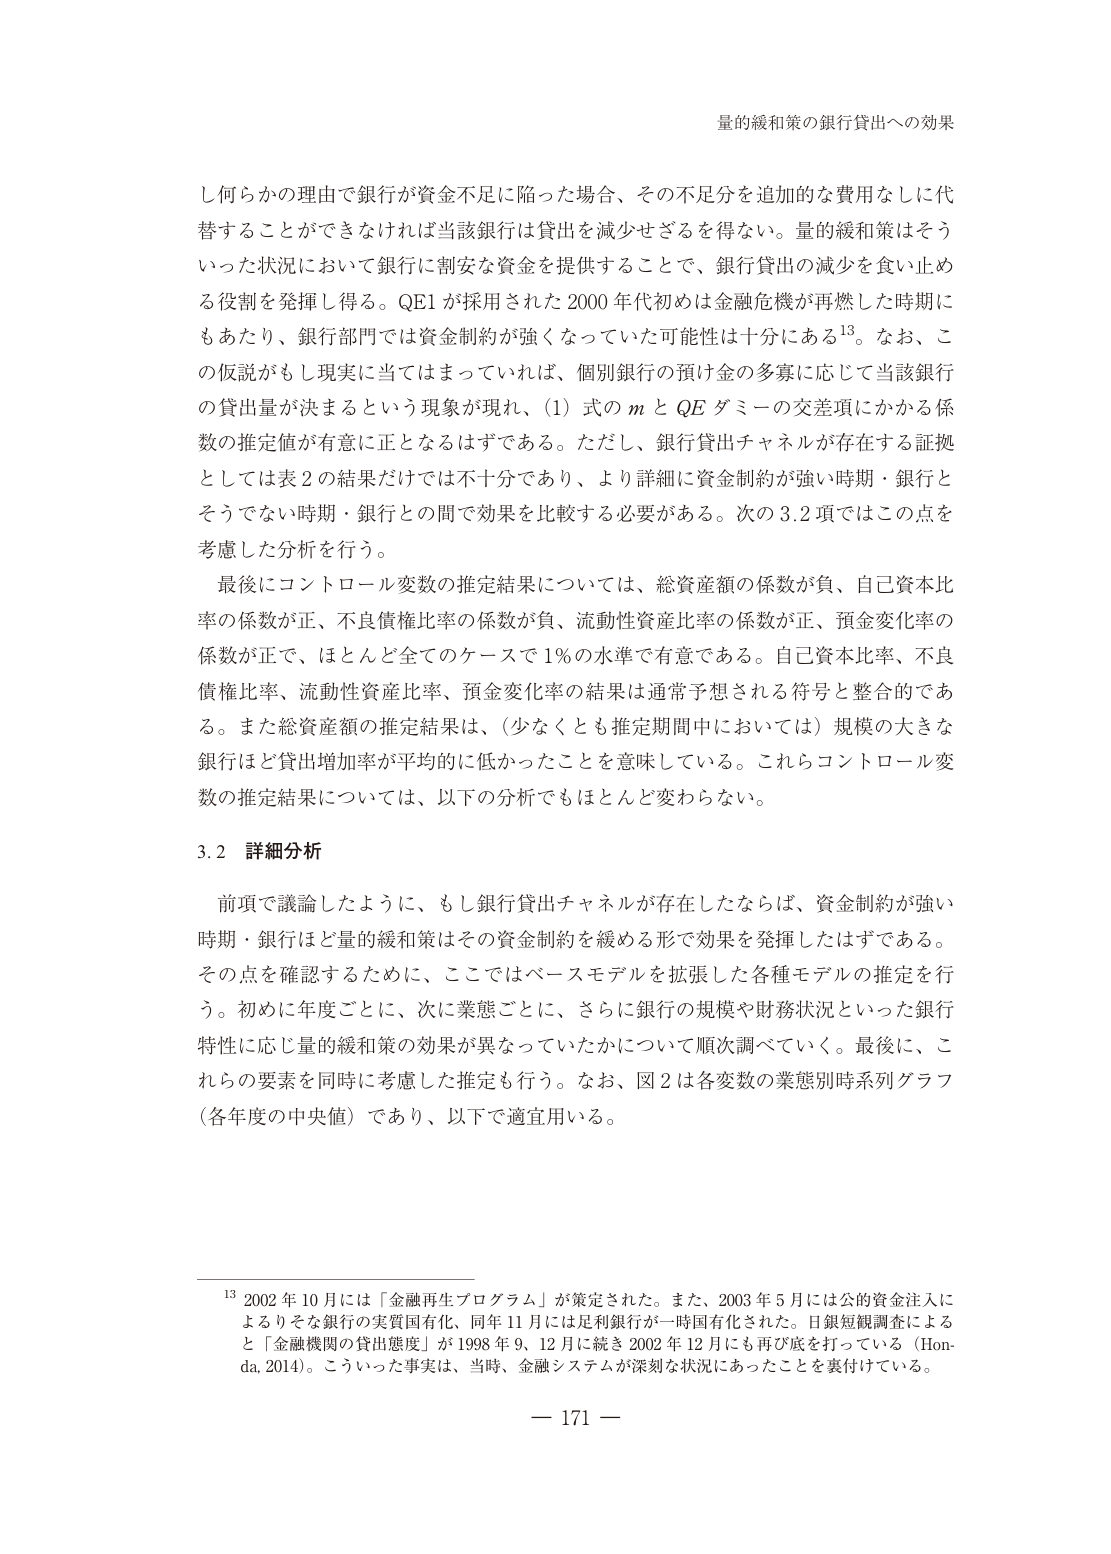
量的緩和策の銀行貸出への効果

し何らかの理由で銀行が資金不足に陥った場合、その不足分を追加的な費用なしに代替することができなければ当該銀行は貸出を減少せざるを得ない。量的緩和策はそういった状況において銀行に制安な資金を提供することで、銀行貸出の減少を食い止める役割を発揮し得る。QE1が採用された2000年代初めは金融危機が再燃した時期にもあたり、銀行部門では資金制約が強くなっていた可能性は十分にある13。なお、この仮説がもし現実に当てはまっていれば、個別銀行の預け金の多寡に応じて当該銀行の貸出量が決まるという現象が現れ、(1)式のmとQEダミーの交差項にかかる係数の推定値が有意に正となるはずである。ただし、銀行貸出チャネルが存在する証拠としては表2の結果だけでは不十分であり、より詳細に資金制約が強い時期・銀行とそうでない時期・銀行との間で効果を比較する必要がある。次の3.2項ではこの点を考慮した分析を行う。

最後にコントロール変数の推定結果については、総資産額の係数が負、自己資本比率の係数が正、不良債権比率の係数が負、流動性資産比率の係数が正、預金変化率の係数が正で、ほとんど全てのケースで1%の水準で有意である。自己資本比率、不良債権比率、流動性資産比率、預金変化率の結果は通常予想される符号と整合的である。また総資産額の推定結果は、(少なくとも推定期間中においては)規模の大きな銀行ほど貸出増加率が平均的に低かったことを意味している。これらコントロール変数の推定結果については、以下の分析でもほとんど変わらない。

3.2 詳細分析

前項で議論したように、もし銀行貸出チャネルが存在したならば、資金制約が強い時期・銀行ほど量的緩和策はその資金制約を緩める形で効果を発揮したはずである。その点を確認するために、ここではベースモデルを拡張した各種モデルの推定を行う。初めに年度ごとに、次に業態ごとに、さらに銀行の規模や財務状況といった銀行特性に応じ量的緩和策の効果が異なっていたかについて順次調べていく。最後に、これらの要素を同時に考慮した推定も行う。なお、図2は各変数の業態別時系列グラフ（各年度の中央値）であり、以下で適宜用いる。

13 2002年10月には「金融再生プログラム」が策定された。また、2003年5月には公的資金注入によりりそな銀行の実質国有化、同年11月には足利銀行が一時国有化された。日銀短観調査によると「金融機関の貸出態度」が1998年9、12月に続き2002年12月にも再び底を打っている（Honda, 2014）。こういった事実は、当時、金融システムが深刻な状況にあったことを裏付けている。

— 171 —